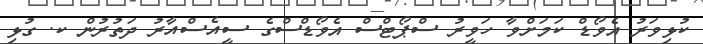
ކުޅިވަރު އެވޯޑް ކަމަށްވާ ހަވީރު ސްޕޯޓްސް އެވޯޑްސްގެ ސީއެސްއާރު ދަތުރުން ކ. ގުޅި